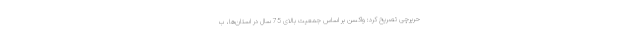
حریرچی تصریح کرد: واکسن بر اساس جمعیت بالای 75 سال در استان‌ها، ب